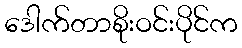
ဒေါက်တာစိုးဝင်းပိုင်က